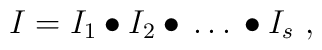
I = I_1 \bullet I_2 \bullet \, \dots\, \bullet I_s \ ,